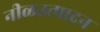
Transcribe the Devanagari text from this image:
नीळउत्पादन